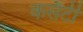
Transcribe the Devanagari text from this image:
कसैटी